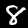
Digit: 8